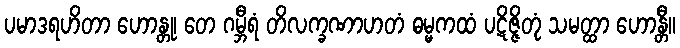
ပမာဒရဟိတာ ဟောန္တု၊ တေ ဂမ္ဘီရံ တိလက္ခဏာဟတံ ဓမ္မကထံ ပဋိဇ္ဇိတုံ သမတ္ထာ ဟောန္တီ။